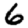
Digit: 6